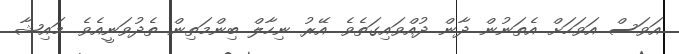
އަވަސް އަވަހަށް އެތަނުން ދާން ދުއްވައިގަތެވެ. އޭރު ނިހާލް ބިންމަތިން ތެދުވަނީއެވެ. މައިޝާ